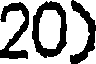
20)